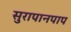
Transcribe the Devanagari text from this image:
सुरापानपाप